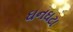
ઘનઘટા